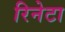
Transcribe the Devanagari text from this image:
रिनेटा